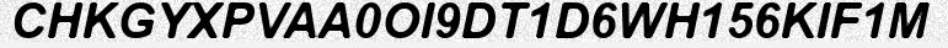
CHKGYXPVAA0OI9DT1D6WH156KIF1M